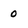
Character: 0